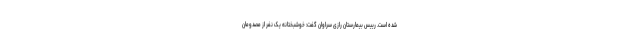
شده است. رییس بیمارستان رازی سراوان گفت: خوشبختانه یک نفر از مصدومان